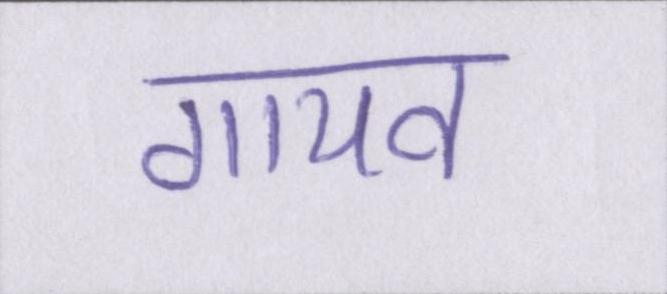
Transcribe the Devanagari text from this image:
गायब